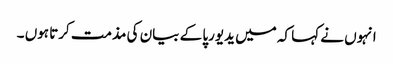
انہوں نے کہا کہ میں یدیورپا کے بیان کی مذمت کرتا ہوں ۔